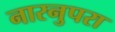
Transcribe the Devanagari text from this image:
नारनुपरा